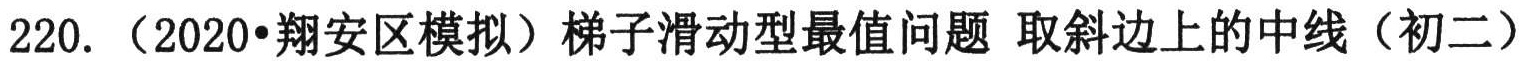
220.（2020•翔安区模拟）梯子滑动型最值问题 取斜边上的中线（初二）